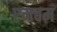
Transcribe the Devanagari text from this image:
एमबम